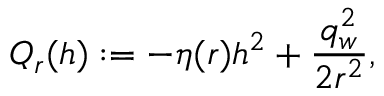
{ \cal Q } _ { r } ( h ) : = - \eta ( r ) h ^ { 2 } + \frac { q _ { w } ^ { 2 } } { 2 r ^ { 2 } } ,